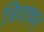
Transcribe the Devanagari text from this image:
त्रिवचन